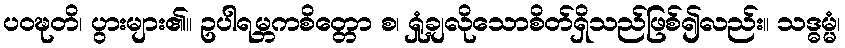
ပဝဍ္ဎတိ၊ ပွားများ၏။ ဥပါရမ္ဘကစိတ္တော စ၊ ရှုံ့ချလိုသောစိတ်ရှိသည်ဖြစ်၍လည်း။ သဒ္ဓမ္မံ၊